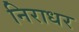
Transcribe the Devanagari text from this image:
निराधर